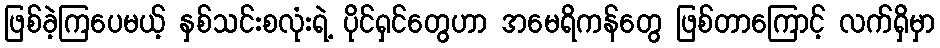
ဖြစ်ခဲ့ကြပေမယ့် နှစ်သင်းစလုံးရဲ့ ပိုင်ရှင်တွေဟာ အမေရိကန်တွေ ဖြစ်တာကြောင့် လက်ရှိမှာ